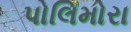
પોલિમોરા